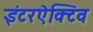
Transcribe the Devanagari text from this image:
इंटरऐक्टिव